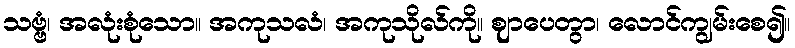
သဗ္ဗံ၊ အလုံးစုံသော။ အကုသလံ၊ အကုသိုလ်ကို။ ဈာပေတွာ၊ လောင်ကျွမ်းစေ၍။